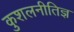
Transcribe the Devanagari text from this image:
कुशलनीतिज्ञ